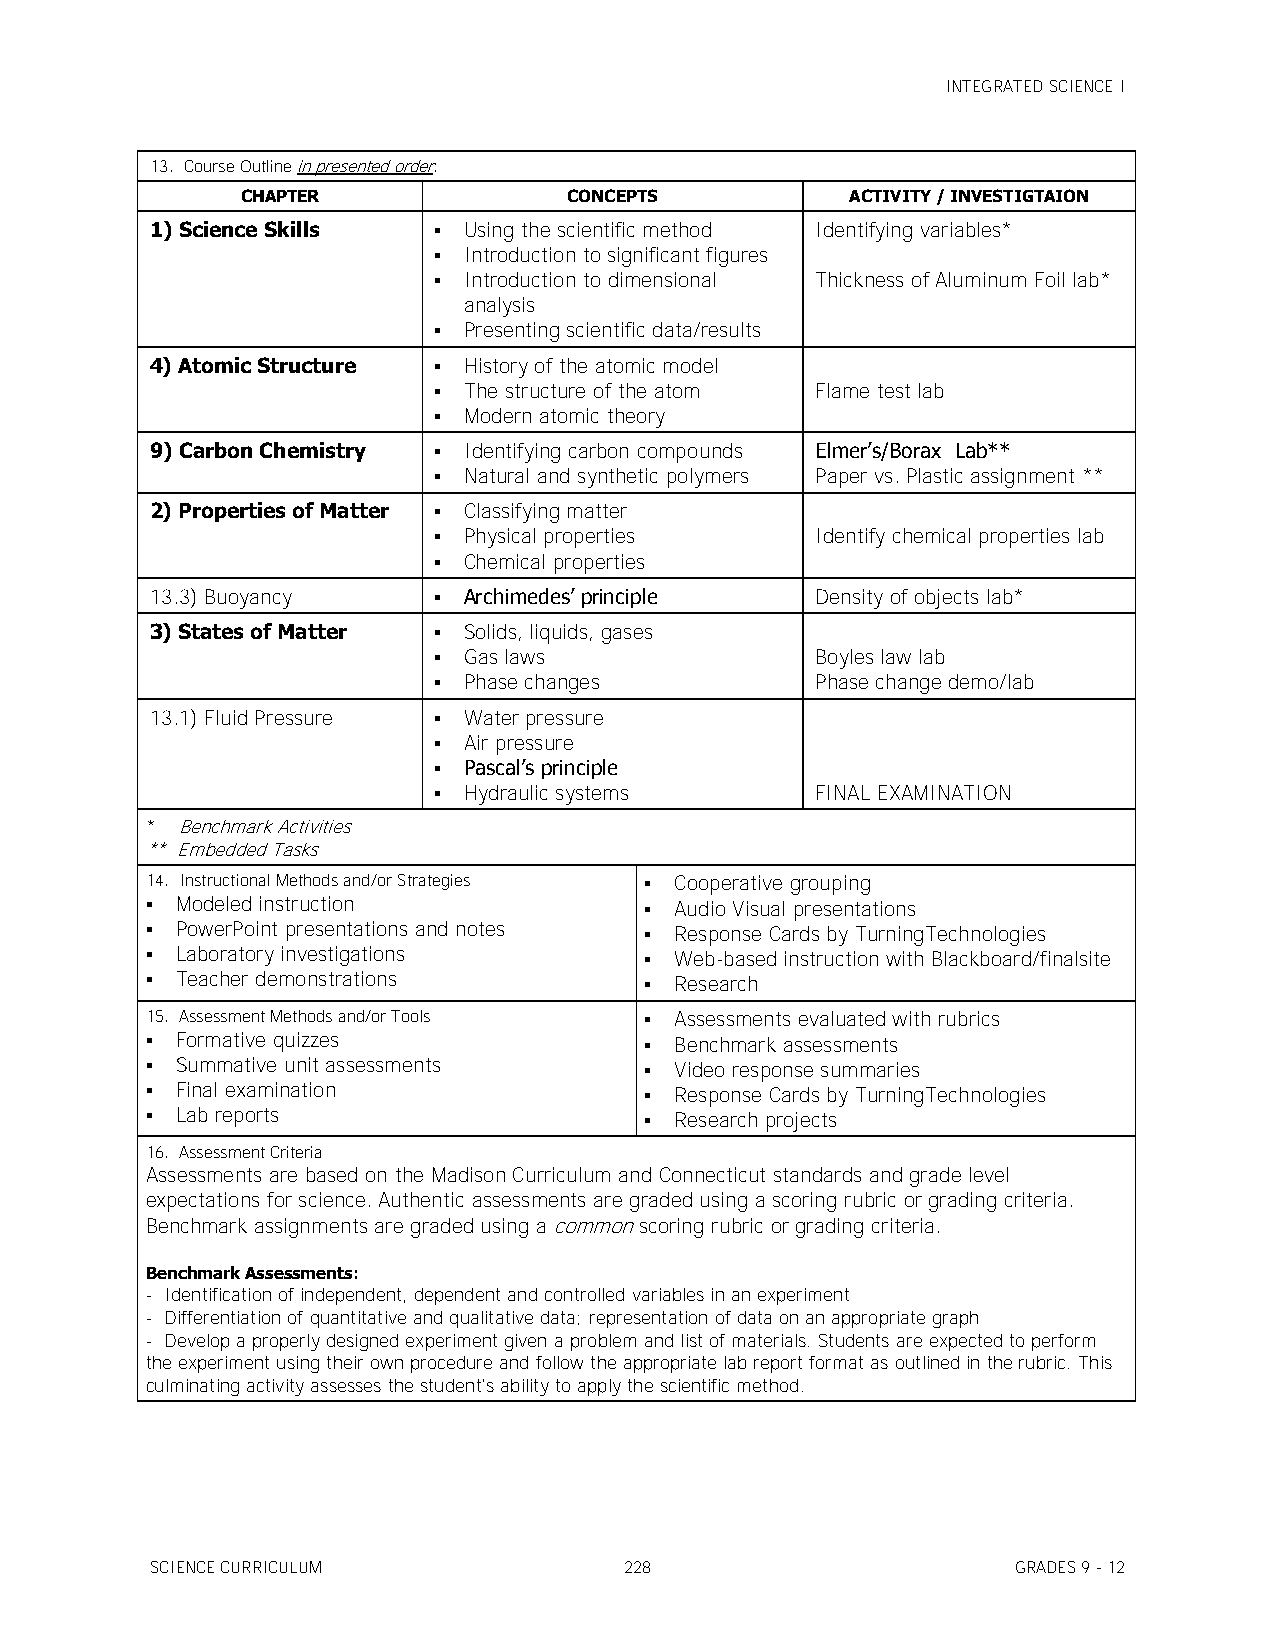
INTEGRATED SCIENCE I
 13. Course Outline in presented order:
 CHAPTER               CONCEPTS          ACTIVITY / INVESTIGTAION
 1) Science Skills   Using the scientific method Identifying variables*
  Introduction to significant figures
  Introduction to dimensional Thickness of Aluminum Foil lab*
 analysis
  Presenting scientific data/results
 4) Atomic Structure  History of the atomic model
  The structure of the atom Flame test lab
  Modern atomic theory
 9) Carbon Chemistry  Identifying carbon compounds Elmer’s/Borax Lab**
  Natural and synthetic polymers Paper vs. Plastic assignment **
 2) Properties of Matter  Classifying matter
  Physical properties    Identify chemical properties lab
  Chemical properties
 13.3) Buoyancy      Archimedes’ principle  Density of objects lab*
 3) States of Matter  Solids, liquids, gases
  Gas laws               Boyles law lab
  Phase changes          Phase change demo/lab
 13.1) Fluid Pressure  Water pressure
  Air pressure
  Pascal’s principle
  Hydraulic systems      FINAL EXAMINATION
 * Benchmark Activities
 ** Embedded Tasks
 14. Instructional Methods and/or Strategies  Cooperative grouping
  Modeled instruction             Audio Visual presentations
  PowerPoint presentations and notes  Response Cards by TurningTechnologies
  Laboratory investigations       Web-based instruction with Blackboard/finalsite
  Teacher demonstrations          Research
 15. Assessment Methods and/or Tools  Assessments evaluated with rubrics
  Formative quizzes               Benchmark assessments
  Summative unit assessments      Video response summaries
  Final examination               Response Cards by TurningTechnologies
  Lab reports                     Research projects
 16. Assessment Criteria
 Assessments are based on the Madison Curriculum and Connecticut standards and grade level
 expectations for science. Authentic assessments are graded using a scoring rubric or grading criteria.
 Benchmark assignments are graded using a common scoring rubric or grading criteria.
 Benchmark Assessments:
 - Identification of independent, dependent and controlled variables in an experiment
 - Differentiation of quantitative and qualitative data; representation of data on an appropriate graph
 - Develop a properly designed experiment given a problem and list of materials. Students are expected to perform
 the experiment using their own procedure and follow the appropriate lab report format as outlined in the rubric. This
 culminating activity assesses the student's ability to apply the scientific method.
 SCIENCE CURRICULUM             228                       GRADES 9 - 12